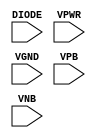
/*
 * Copyright 2020 The SkyWater PDK Authors
 *
 * Licensed under the Apache License, Version 2.0 (the "License");
 * you may not use this file except in compliance with the License.
 * You may obtain a copy of the License at
 *
 *     https://www.apache.org/licenses/LICENSE-2.0
 *
 * Unless required by applicable law or agreed to in writing, software
 * distributed under the License is distributed on an "AS IS" BASIS,
 * WITHOUT WARRANTIES OR CONDITIONS OF ANY KIND, either express or implied.
 * See the License for the specific language governing permissions and
 * limitations under the License.
 *
 * SPDX-License-Identifier: Apache-2.0
*/


`ifndef SKY130_FD_SC_MS__DIODE_BEHAVIORAL_PP_V
`define SKY130_FD_SC_MS__DIODE_BEHAVIORAL_PP_V

/**
 * diode: Antenna tie-down diode.
 *
 * Verilog simulation functional model.
 */

`timescale 1ns / 1ps
`default_nettype none

`celldefine
module sky130_fd_sc_ms__diode (
    DIODE,
    VPWR ,
    VGND ,
    VPB  ,
    VNB
);

    // Module ports
    input DIODE;
    input VPWR ;
    input VGND ;
    input VPB  ;
    input VNB  ;
     // No contents.
endmodule
`endcelldefine

`default_nettype wire
`endif  // SKY130_FD_SC_MS__DIODE_BEHAVIORAL_PP_V